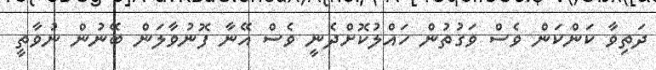
ދަތިވާ ކަންކަން ވެސް ވަގުތުން ހައްލުކޮށްދެނީ ވެސް އޭނާ ފޮނުވާލަން ބޭނުން ނުވާތީ